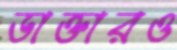
ডাক্তারও